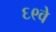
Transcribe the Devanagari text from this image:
६९वे